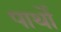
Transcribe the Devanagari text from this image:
पार्थों